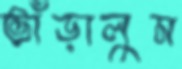
ভাঁড়ালুম